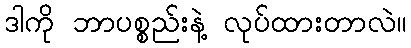
ဒါကို ဘာပစ္စည်းနဲ့ လုပ်ထားတာလဲ။